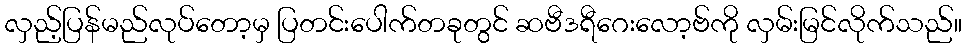
လှည့်ပြန်မည်လုပ်တော့မှ ပြတင်းပေါက်တခုတွင် ဆဗီဒရီဂေးလော့ဗ်ကို လှမ်းမြင်လိုက်သည်။